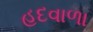
હદવાળા